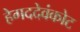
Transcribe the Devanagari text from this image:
हेगददेवंकोट